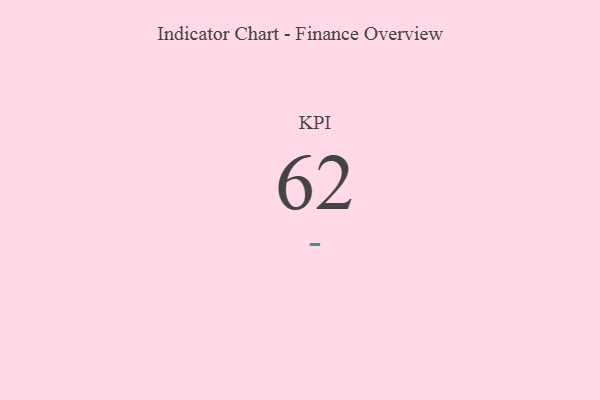
{"axis": {"x": "KPI", "y": "Value"}, "legend": [""], "data": [{"x": "KPI", "y": 62, "type": ""}]}